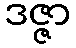
ဒဇ္ဇာ